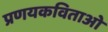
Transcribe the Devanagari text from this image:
प्रणयकविताओं